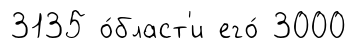
3135 о́бласт'и его́ 3000